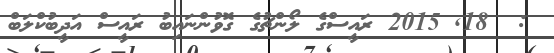
:  18